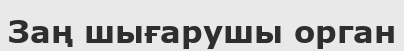
Заң шығарушы орган